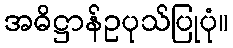
အဓိဋ္ဌာန်ဥပုသ်ပြုပုံ။